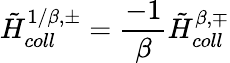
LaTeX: {\tilde{H}}_{coll}^{1/\beta,\pm}={\frac{-1}{\beta}}{\tilde{H}}_{coll}^{\beta,\mp}